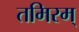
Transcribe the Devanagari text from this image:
तमिरम्